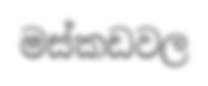
මස්කඩවල